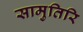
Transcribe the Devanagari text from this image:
सामुतिरि